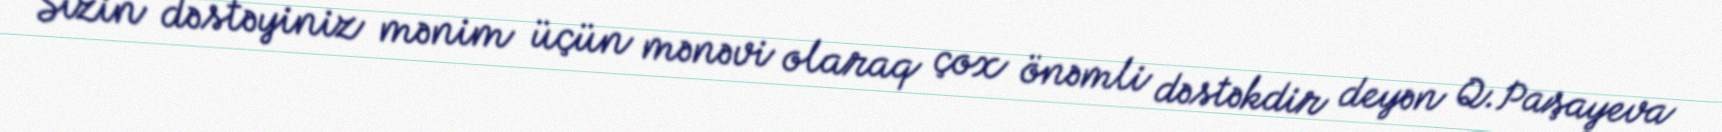
Sizin dəstəyiniz mənim üçün mənəvi olaraq çox önəmli dəstəkdir deyən Q.Paşayeva